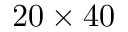
2 0 \times 4 0